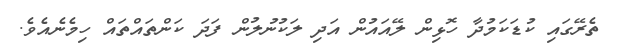
ތެރޭގައި ކުޑަކަމުދާ ހޮޅިން ލޭއައުން އަދި ލަކުނުލުން ފަދަ ކަންތައްތައް ހިމެނެއެވެ.